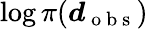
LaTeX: \log\pi(\boldsymbol{d}_{\mathrm{~o~b~s~}})